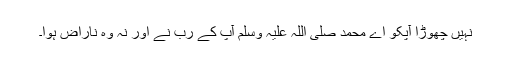
نہیں چھوڑا آپکو اے محمد صلی اللہ علیہ وسلم آپ کے رب نے اور نہ وہ ناراض ہوا۔